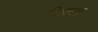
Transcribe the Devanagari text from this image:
विसारक